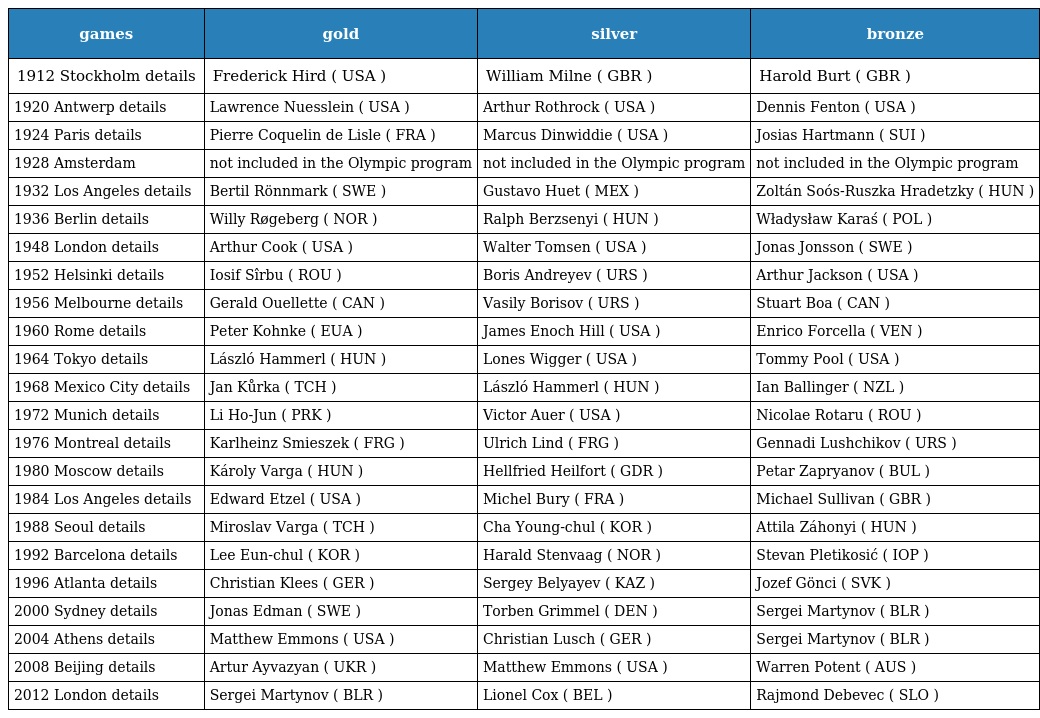
| games | gold | silver | bronze |
 | --- | --- | --- | --- |
 | 1912 Stockholm details | Frederick Hird ( USA ) | William Milne ( GBR ) | Harold Burt ( GBR ) |
 | 1920 Antwerp details | Lawrence Nuesslein ( USA ) | Arthur Rothrock ( USA ) | Dennis Fenton ( USA ) |
 | 1924 Paris details | Pierre Coquelin de Lisle ( FRA ) | Marcus Dinwiddie ( USA ) | Josias Hartmann ( SUI ) |
 | 1928 Amsterdam | not included in the Olympic program | not included in the Olympic program | not included in the Olympic program |
 | 1932 Los Angeles details | Bertil Rönnmark ( SWE ) | Gustavo Huet ( MEX ) | Zoltán Soós-Ruszka Hradetzky ( HUN ) |
 | 1936 Berlin details | Willy Røgeberg ( NOR ) | Ralph Berzsenyi ( HUN ) | Władysław Karaś ( POL ) |
 | 1948 London details | Arthur Cook ( USA ) | Walter Tomsen ( USA ) | Jonas Jonsson ( SWE ) |
 | 1952 Helsinki details | Iosif Sîrbu ( ROU ) | Boris Andreyev ( URS ) | Arthur Jackson ( USA ) |
 | 1956 Melbourne details | Gerald Ouellette ( CAN ) | Vasily Borisov ( URS ) | Stuart Boa ( CAN ) |
 | 1960 Rome details | Peter Kohnke ( EUA ) | James Enoch Hill ( USA ) | Enrico Forcella ( VEN ) |
 | 1964 Tokyo details | László Hammerl ( HUN ) | Lones Wigger ( USA ) | Tommy Pool ( USA ) |
 | 1968 Mexico City details | Jan Kůrka ( TCH ) | László Hammerl ( HUN ) | Ian Ballinger ( NZL ) |
 | 1972 Munich details | Li Ho-Jun ( PRK ) | Victor Auer ( USA ) | Nicolae Rotaru ( ROU ) |
 | 1976 Montreal details | Karlheinz Smieszek ( FRG ) | Ulrich Lind ( FRG ) | Gennadi Lushchikov ( URS ) |
 | 1980 Moscow details | Károly Varga ( HUN ) | Hellfried Heilfort ( GDR ) | Petar Zapryanov ( BUL ) |
 | 1984 Los Angeles details | Edward Etzel ( USA ) | Michel Bury ( FRA ) | Michael Sullivan ( GBR ) |
 | 1988 Seoul details | Miroslav Varga ( TCH ) | Cha Young-chul ( KOR ) | Attila Záhonyi ( HUN ) |
 | 1992 Barcelona details | Lee Eun-chul ( KOR ) | Harald Stenvaag ( NOR ) | Stevan Pletikosić ( IOP ) |
 | 1996 Atlanta details | Christian Klees ( GER ) | Sergey Belyayev ( KAZ ) | Jozef Gönci ( SVK ) |
 | 2000 Sydney details | Jonas Edman ( SWE ) | Torben Grimmel ( DEN ) | Sergei Martynov ( BLR ) |
 | 2004 Athens details | Matthew Emmons ( USA ) | Christian Lusch ( GER ) | Sergei Martynov ( BLR ) |
 | 2008 Beijing details | Artur Ayvazyan ( UKR ) | Matthew Emmons ( USA ) | Warren Potent ( AUS ) |
 | 2012 London details | Sergei Martynov ( BLR ) | Lionel Cox ( BEL ) | Rajmond Debevec ( SLO ) |